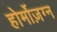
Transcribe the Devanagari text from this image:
होर्मोज़ग्न